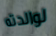
لوالدته